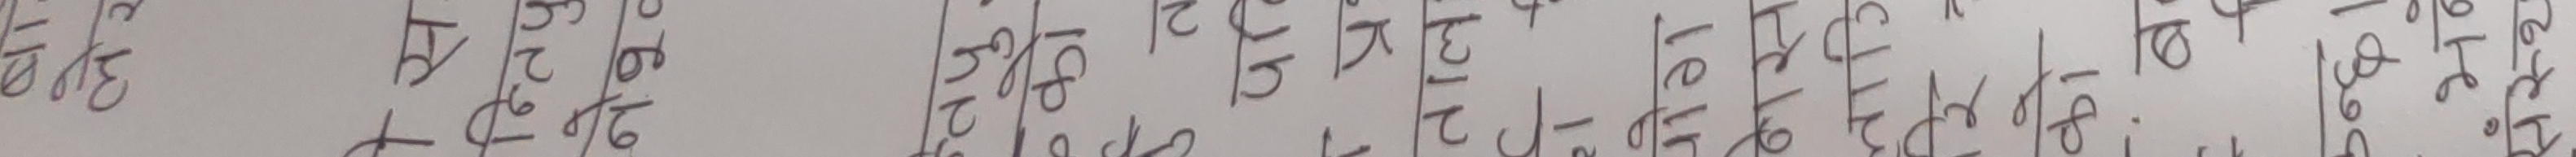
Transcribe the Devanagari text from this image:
कति १-२३३, ३-१५, ६-२, ४-१८, ५-१२, ८-१०, १३-३२, १६-६, १७-६, २२-९, ३१-३१, ३७-३२, ४३-४६, ४४-४८